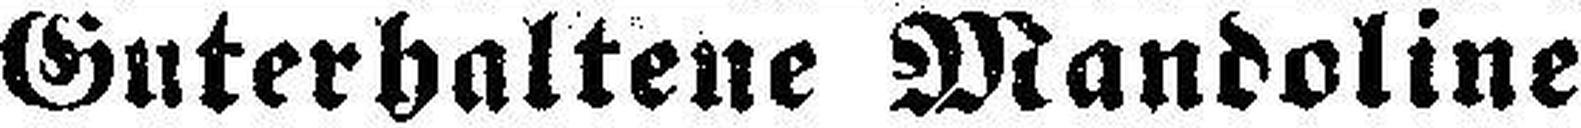
Guterhaltene Mandoline